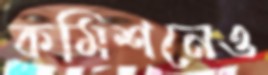
কমিশনেও